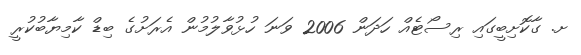
ށ. ގާކޮށިބީގައި ރިސޯޓެއް ހަދަން 2006 ވަނަ ހުޅުވާލުމުން އެރަށުގެ ބިޑް ކާމިޔާބުކުރީ